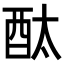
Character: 酞